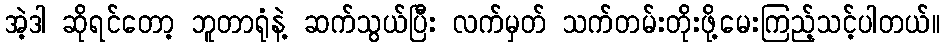
အဲ့ဒါ ဆိုရင်တော့ ဘူတာရုံနဲ့ ဆက်သွယ်ပြီး လက်မှတ် သက်တမ်းတိုးဖို့မေးကြည့်သင့်ပါတယ်။